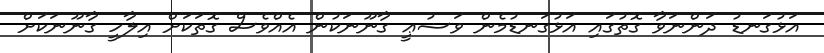
އަޅުގަނޑު ދަންނަވާ ގޮތުގައި އަޅުގަނޑުމެން ވަޟުޢީ ގާނޫނަކުން އެއްވެސް ގޮތަކަށް އިލާހީ ގާނޫނަކަށް